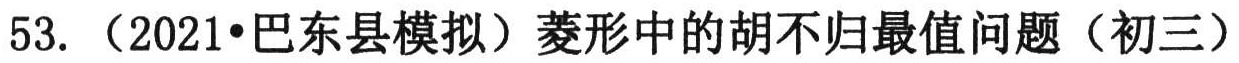
53. （2021•巴东县模拟）菱形中的胡不归最值问题（初三）